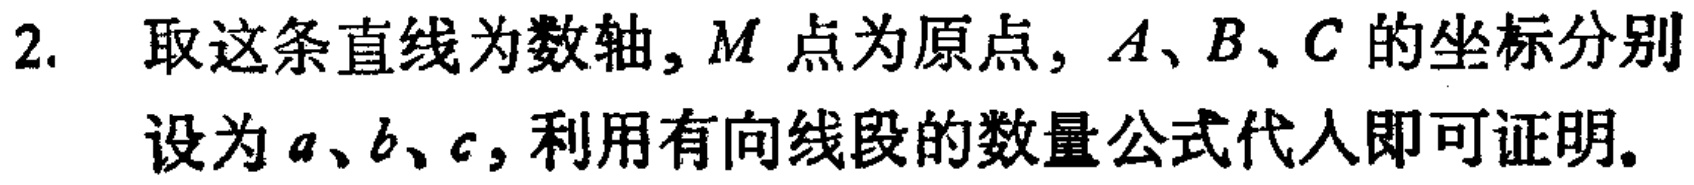
2. 取这条直线为数轴, \(M\) 点为原点, \(A、B、C\) 的坐标分别设为 \(a、b、c\), 利用有向线段的数量公式代入即可证明.